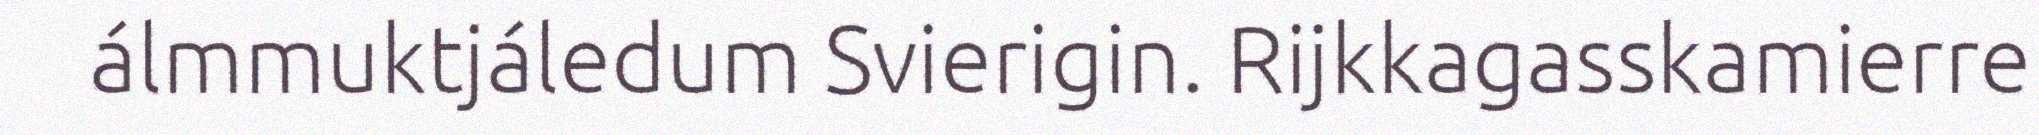
álmmuktjáledum Svierigin. Rijkkagasskamierre